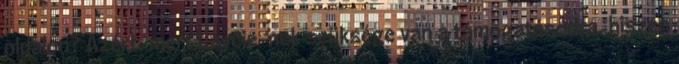
oldalon? Azért, mert Laycie-nek szüksége van a támogatásodra, hiszen